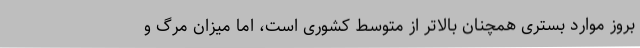
بروز موارد بستری همچنان بالاتر از متوسط کشوری است، اما میزان مرگ و